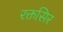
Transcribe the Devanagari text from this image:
रक्तसिर